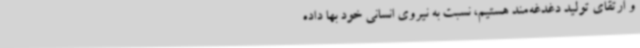
و ارتقای تولید دغدغه‌مند هستیم، نسبت به نیروی انسانی خود بها داده